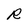
Character: R